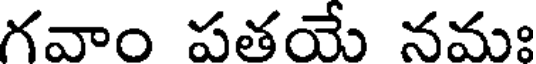
గవాం పతయే నమః